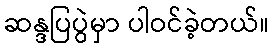
ဆန္ဒပြပွဲမှာ ပါဝင်ခဲ့တယ်။